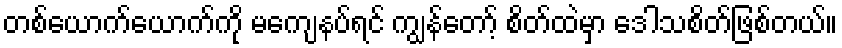
တစ်ယောက်ယောက်ကို မကျေနပ်ရင် ကျွန်တော့် စိတ်ထဲမှာ ဒေါသစိတ်ဖြစ်တယ်။